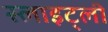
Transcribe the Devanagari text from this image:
स्लाइट्ली